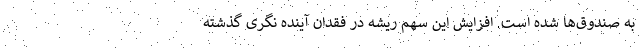
به صندوق‌ها شده است. افزایش این سهم ریشه در فقدان آینده نگری گذشته